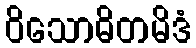
ဝိသောဓိတမိဒံ